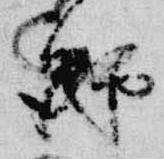
師